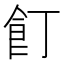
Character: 飣